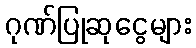
ဂုဏ်ပြုဆုငွေများ